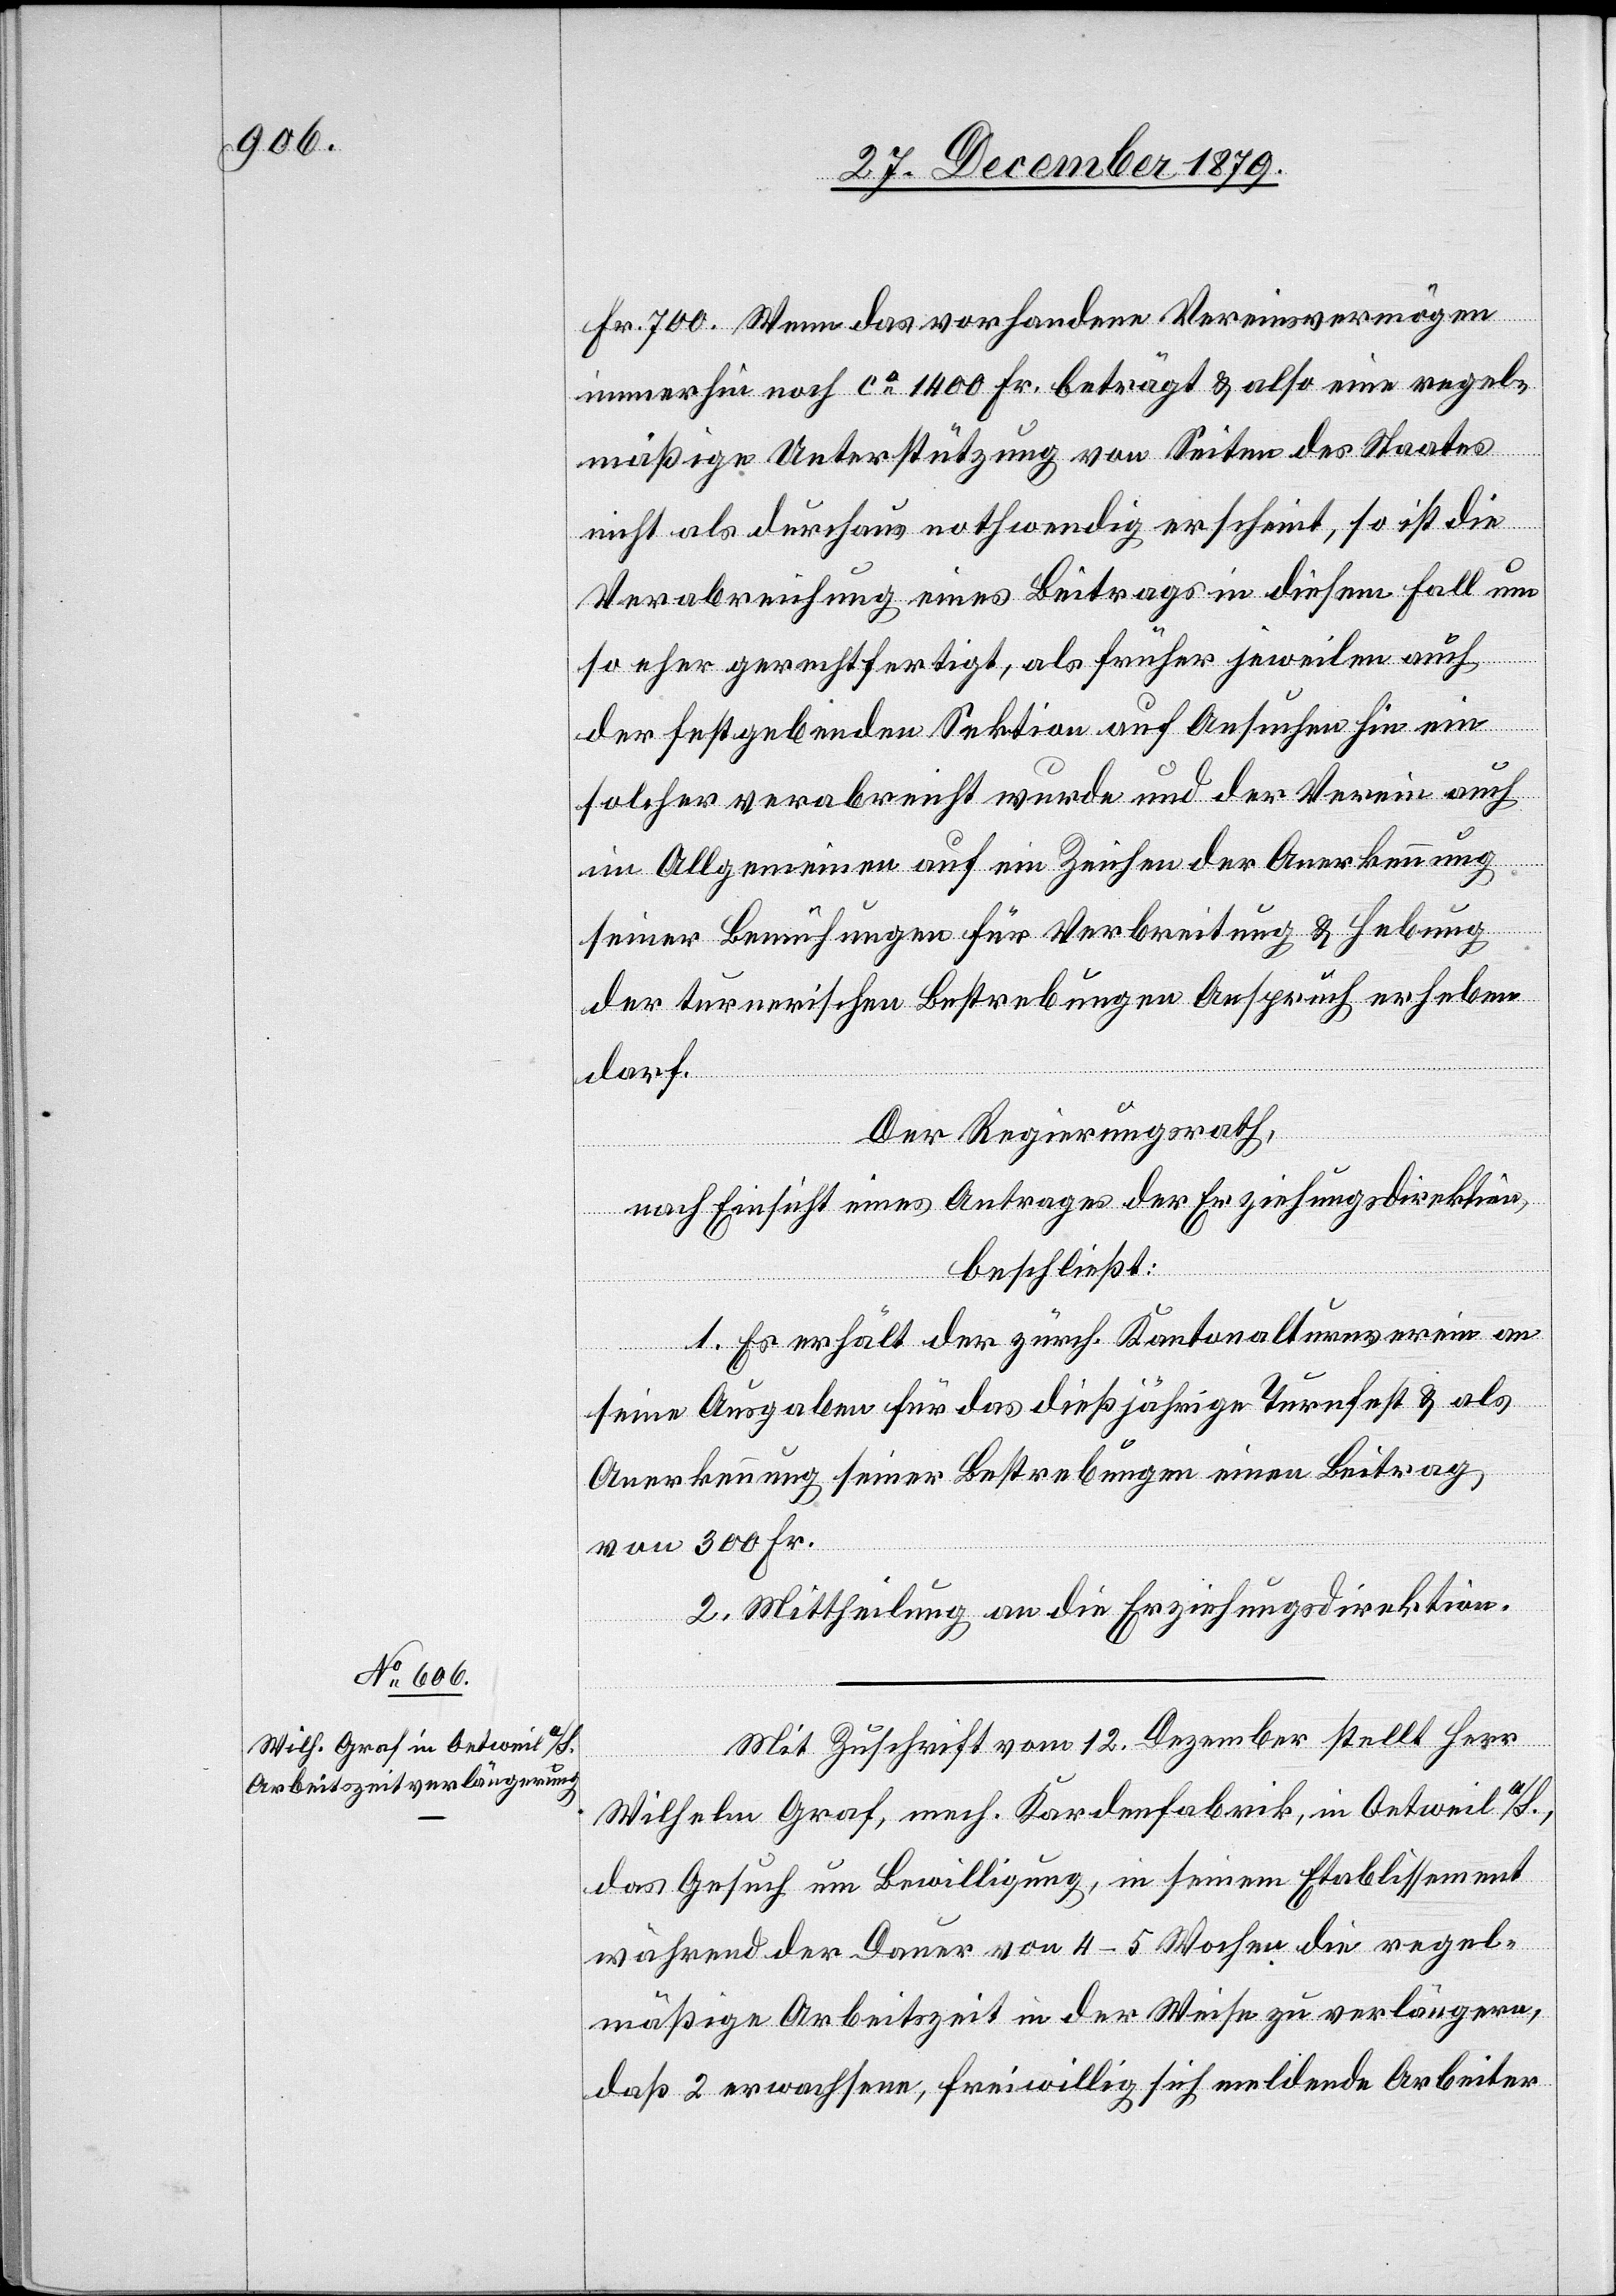
Fr. 700. Wenn das vorhandene Vereinsvermögen
immerhin noch ca 1400 Fr. beträgt & also eine regel¬
mäßige Unterstützung von Seiten des Staates
nicht als durchaus nothwendig erscheint, so ist die
Verabreichung eines Beitrages in diesem Fall um
so eher gerechtfertigt, als früher jeweilen auch
der festgebenden Sektion auf Ansuchen hin ein
solcher verabreicht wurde und der Verein auch
im Allgemeinen auf ein Zeichen der Anerkennung
seiner Bemühungen für Verbreitung & Hebung
der turnerischen Bestrebungen Anspruch erheben
darf.
Der Regierungsrath,
nach Einsicht eines Antrages der Erziehungsdirektion,
beschließt:
1. Es erhält der zürch. Kantonalturnverein an
seine Ausgaben für das dießjährige Turnfest & als
Anerkennung seiner Bestrebungen einen Beitrag
von 300 Fr.
2. Mittheilung an die Erziehungsdirektion.
Mit Zuschrift vom 12. Dezember stellt Herr
Wilhelm Graf, mech. Kardenfabrik, in Oetweil a/S.,
das Gesuch um Bewilligung, in seinem Etablissement
während der Dauer von 4–5 Wochen die regel¬
mäßige Arbeitszeit in der Weise zu verlängern,
daß 2 erwachsene, freiwillig sich meldende Arbeiter